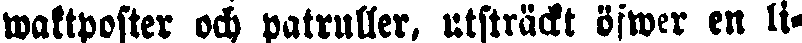
waktposter och patruller, utsträckt öfwer en li-